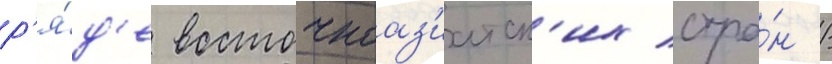
р'я́д'е восточноаз'иатск'их стра́н /